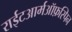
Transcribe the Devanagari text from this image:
राईटआर्मऑफ़स्पिन